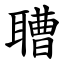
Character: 䏆